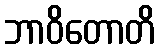
ဘာဝိတောတိ